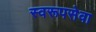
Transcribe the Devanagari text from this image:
स्वरूपसेवा